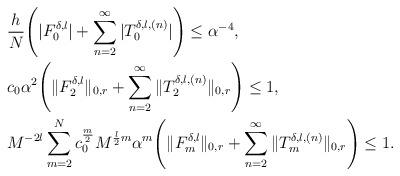
LaTeX: \begin{align*}&\frac{h}{N}\Bigg(|F^{\delta,l}_0|+\sum_{n=2}^{\infty}|T_0^{\delta,l,(n)}|\Bigg)\le \alpha^{-4},\\&c_0\alpha^2\Bigg(\|F_2^{\delta,l}\|_{0,r}+\sum_{n=2}^{\infty}\|T_2^{\delta,l,(n)}\|_{0,r}\Bigg)\le 1,\\&M^{-2l}\sum_{m=2}^Nc_0^{\frac{m}{2}}M^{\frac{l}{2}m}\alpha^m\Bigg(\|F_m^{\delta,l}\|_{0,r}+\sum_{n=2}^{\infty}\|T_m^{\delta,l,(n)}\|_{0,r}\Bigg)\le 1.\end{align*}